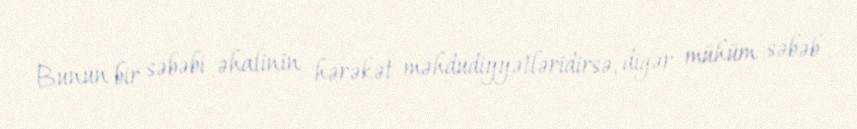
Bunun bir səbəbi əhalinin hərəkət məhdudiyyətləridirsə, digər mühüm səbəb